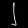
Digit: ၂